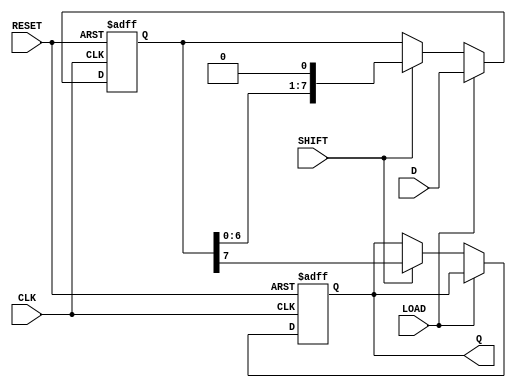
module PISO_Register #(
    parameter WIDTH = 8  // Width of the parallel data input
)(
    input wire [WIDTH-1:0] D,      // Parallel data input
    input wire LOAD,                // Load control signal
    input wire SHIFT,               // Shift control signal
    input wire CLK,                 // Clock signal
    input wire RESET,               // Reset signal
    output reg Q                   // Serial output
);

    reg [WIDTH-1:0] shift_reg;      // Shift register to hold parallel data

    always @(posedge CLK or posedge RESET) begin
        if (RESET) begin
            shift_reg <= 0;          // Clear the register on reset
            Q <= 0;                  // Clear the serial output
        end else begin
            if (LOAD) begin
                shift_reg <= D;      // Load parallel data into the shift register
            end else if (SHIFT) begin
                Q <= shift_reg[WIDTH-1]; // Shift out the MSB to Q
                shift_reg <= {shift_reg[WIDTH-2:0], 1'b0}; // Shift left
            end
        end
    end

endmodule